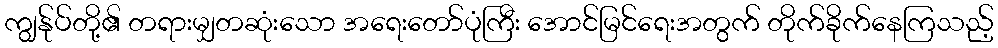
ကျွန်ုပ်တို့၏ တရားမျှတဆုံးသော အရေးတော်ပုံကြီး အောင်မြင်ရေးအတွက် တိုက်ခိုက်နေကြသည့်